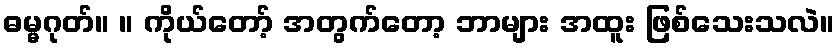
ဓမ္မဂုတ်။ ။ ကိုယ်တော့် အတွက်တော့ ဘာများ အထူး ဖြစ်သေးသလဲ။